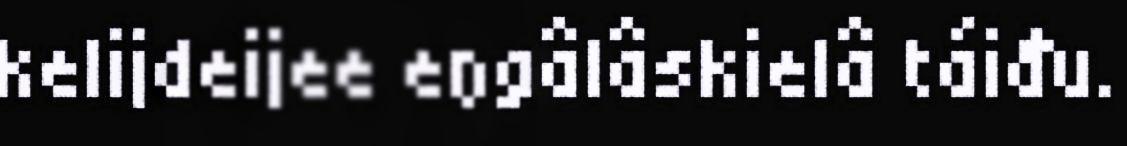
kelijdeijee eŋgâlâskielâ táiđu.